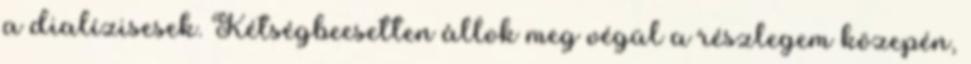
a dialízisesek. Kétségbeesetten állok meg végül a részlegem közepén,